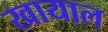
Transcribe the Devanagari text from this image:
खायाल